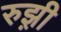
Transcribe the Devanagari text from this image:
रुझ़ी